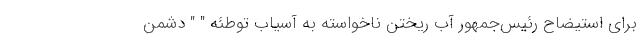
برای استیضاح رئیس‌جمهور آب ریختن نا‌خواسته به آسیاب توطئه " " دشمن